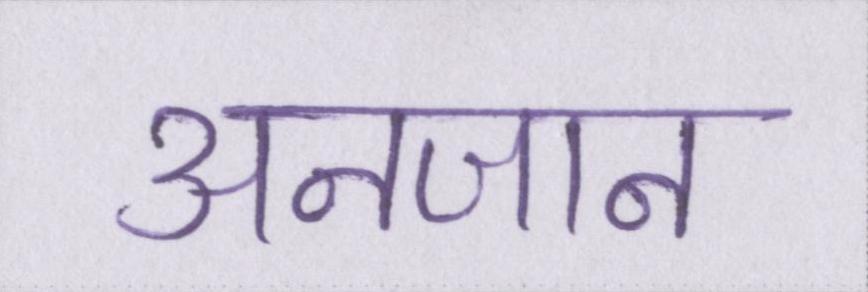
अनजान